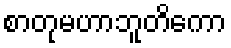
စာတုမဟာဘူတိကော